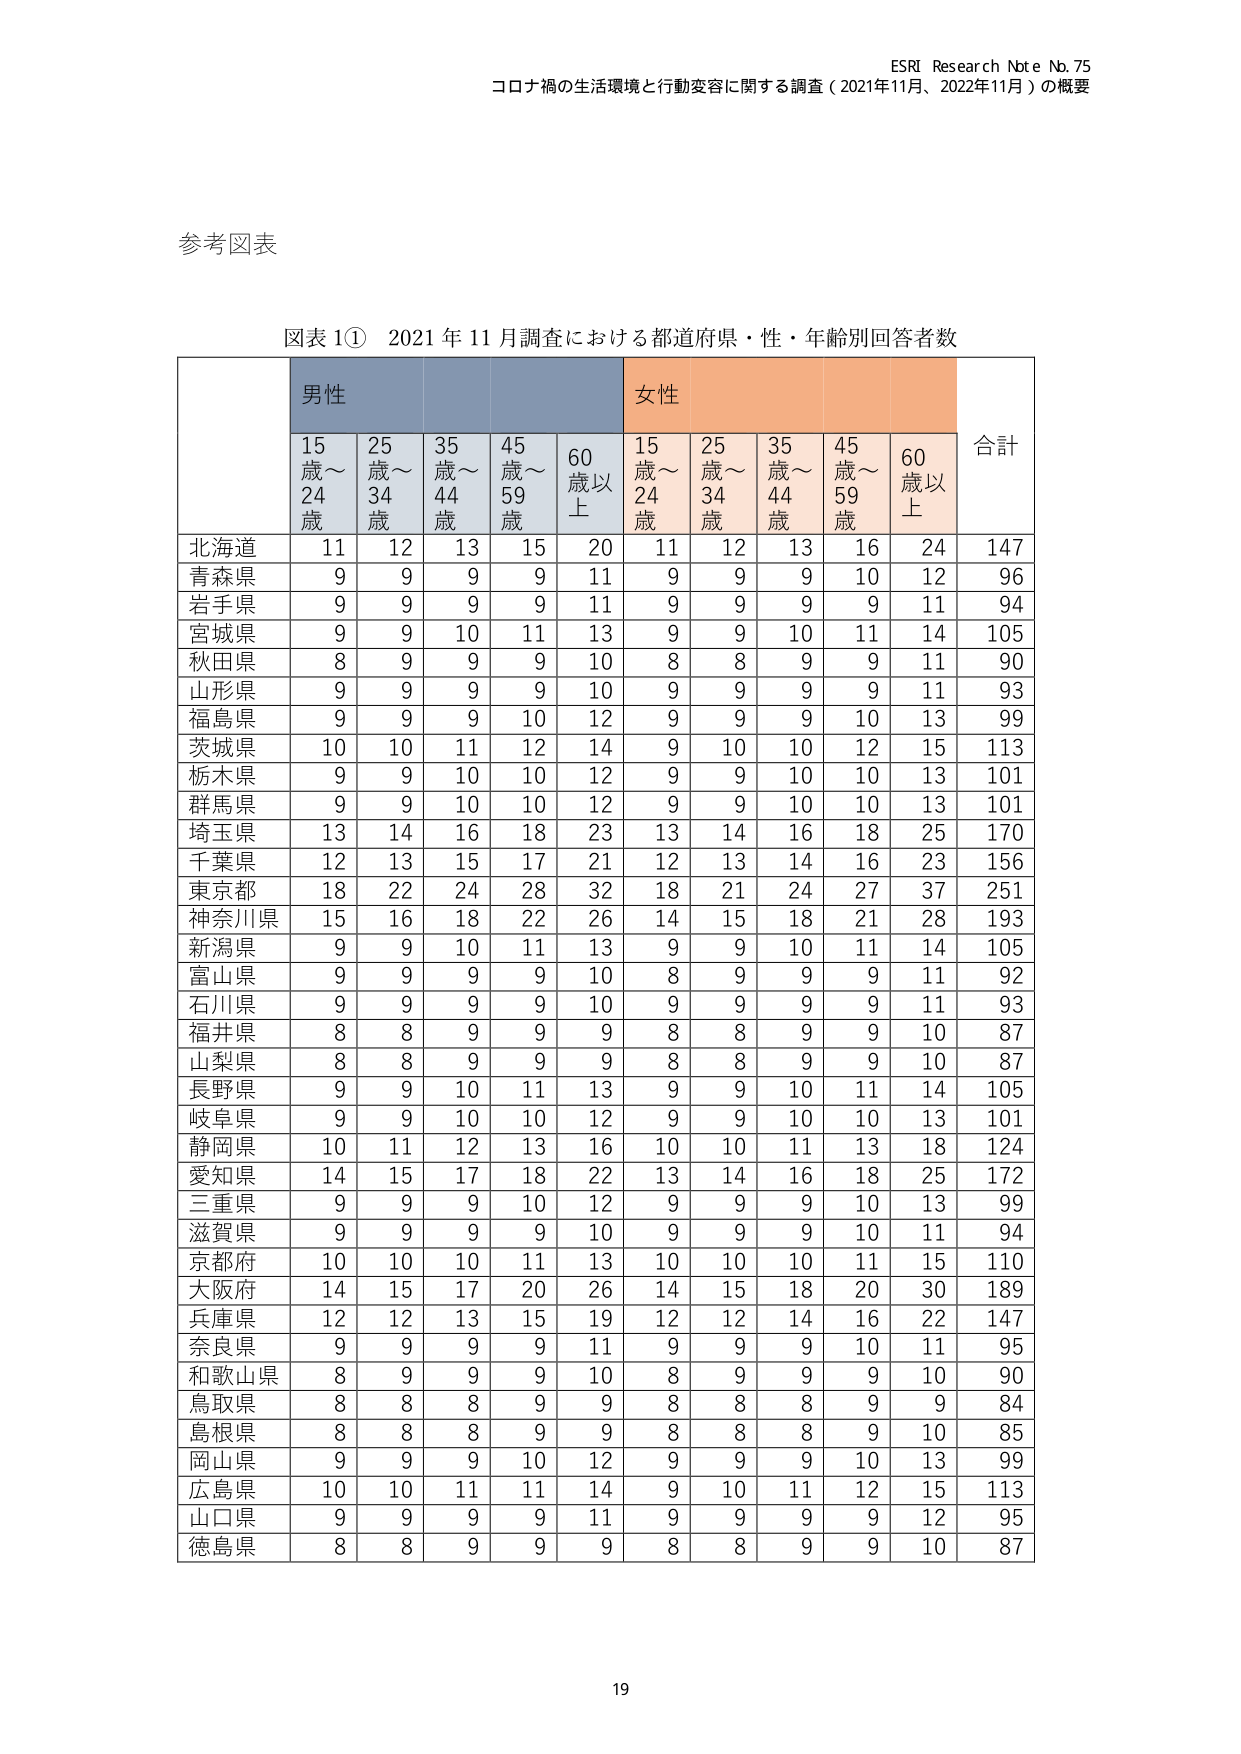
ESRI Research Note No. 75
コロナ禍の生活環境と行動変容に関する調査（2021年11月、2022年11月）の概要

参考図表

図表 1① 2021 年 11 月調査における都道府県・性・年齢別回答者数

男性
15歳～24歳　25歳～34歳　35歳～44歳　45歳～59歳　60歳以上
女性
15歳～24歳　25歳～34歳　35歳～44歳　45歳～59歳　60歳以上
合計

北海道　11　12　13　15　20　11　12　13　16　24　147
青森県　9　9　9　9　11　9　9　9　10　12　96
岩手県　9　9　9　9　11　9　9　9　9　11　94
宮城県　9　9　10　11　13　9　9　10　11　14　105
秋田県　8　9　9　9　10　8　8　9　9　11　90
山形県　9　9　9　9　10　9　9　9　9　11　93
福島県　9　9　9　10　12　9　9　9　10　13　99
茨城県　10　10　11　12　14　9　10　10　12　15　113
栃木県　9　9　10　10　12　9　9　10　10　13　101
群馬県　9　9　10　10　12　9　9　10　10　13　101
埼玉県　13　14　16　18　23　13　14　16　18　25　170
千葉県　12　13　15　17　21　12　13　14　16　23　156
東京都　18　22　24　28　32　18　21　24　27　37　251
神奈川県　15　16　18　22　26　14　15　18　21　28　193
新潟県　9　9　10　11　13　9　9　10　11　14　105
富山県　9　9　9　9　10　8　9　9　9　11　92
石川県　9　9　9　9　10　9　9　9　9　11　93
福井県　8　8　9　9　9　8　8　9　9　10　87
山梨県　8　8　9　9　9　8　8　9　9　10　87
長野県　9　9　10　11　13　9　9　10　11　14　105
岐阜県　9　9　10　10　12　9　9　10　10　13　101
静岡県　10　11　12　13　16　10　10　11　13　18　124
愛知県　14　15　17　18　22　13　14　16　18　25　172
三重県　9　9　9　10　12　9　9　9　10　13　99
滋賀県　9　9　9　9　10　9　9　9　10　11　94
京都府　10　10　10　11　13　10　10　10　11　15　110
大阪府　14　15　17　20　26　14　15　18　20　30　189
兵庫県　12　12　13　15　19　12　12　14　16　22　147
奈良県　9　9　9　9　11　9　9　9　10　11　95
和歌山県　8　9　9　9　10　8　9　9　9　10　90
鳥取県　8　8　8　9　9　8　8　8　9　9　84
島根県　8　8　8　9　9　8　8　8　9　10　85
岡山県　9　9　9　10　12　9　9　9　10　13　99
広島県　10　10　11　11　14　9　10　11　12　15　113
山口県　9　9　9　9　11　9　9　9　9　12　95
徳島県　8　8　9　9　9　8　8　9　9　10　87

19